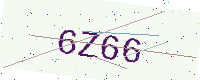
Text: 6Z66